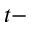
t -